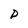
Character: P